Annual administration report of the Civil Veterinary Department of India - 1903-1904
Year: 1903
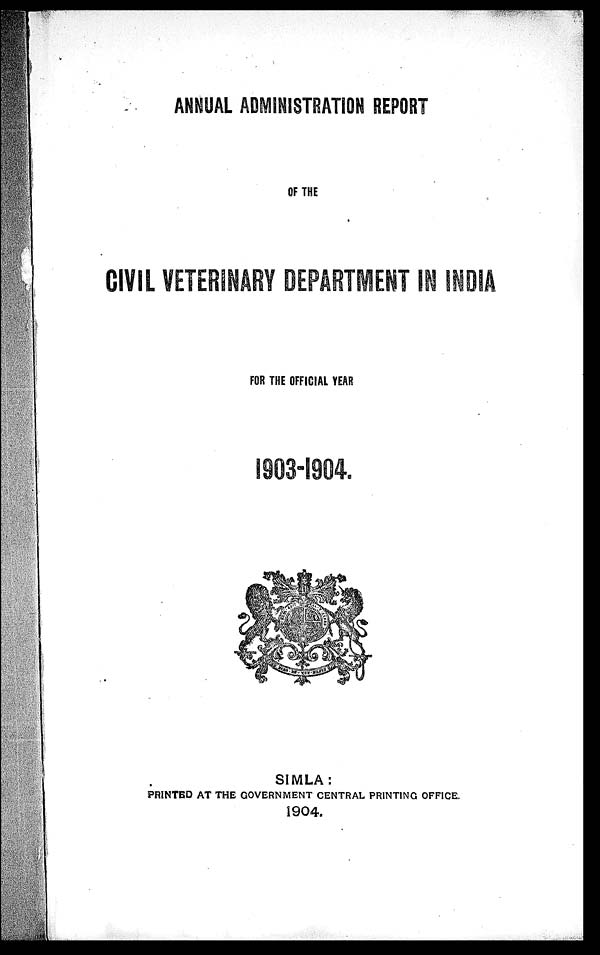
ANNUAL ADMlNISTRATlON REPORT
OF THE
CIVIL VETERINARY DEPARTMENT IN INDIA
FOR THE OFFICIAL YEAR
1903-1904.
SIMLA:
PRINTED AT THE GOVERNMENT CENTRAL PRINTING OFFICE.
1904.